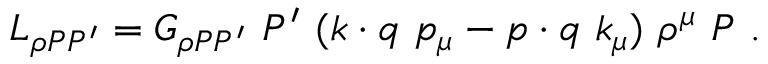
{ \cal L } _ { \rho P P ^ { \prime } } = G _ { \rho P P ^ { \prime } } \ P ^ { \prime } \ ( k \cdot q \ p _ { \mu } - p \cdot q \ k _ { \mu } ) \ \rho ^ { \mu } \ P \ .